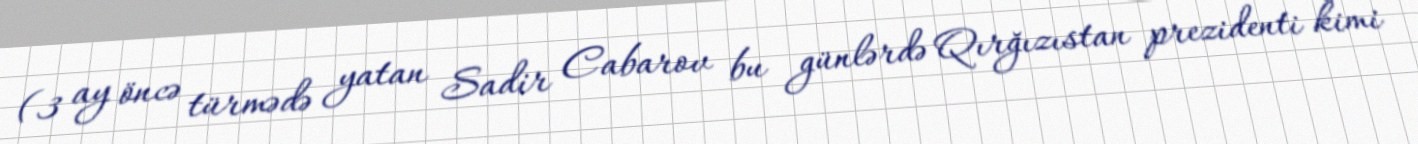
(3 ay öncə türmədə yatan Sadir Cabarov bu günlərdə Qırğızıstan prezidenti kimi